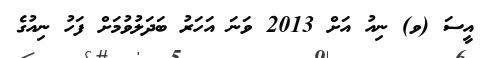
އީސަ (ވ) ނިއު އަށް 2013 ވަނަ އަހަރު ބަދަލުވުމަށް ފަހު ނިއުގެ